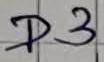
Text: D3